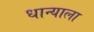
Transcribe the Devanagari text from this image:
धान्याला